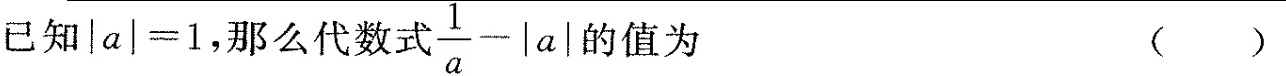
已知$$| a | = 1$$，那么代数式$$\frac { 1 } { a } - | a |$$的值为 ( )